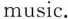
music.